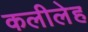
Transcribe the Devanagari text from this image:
कलीलेह